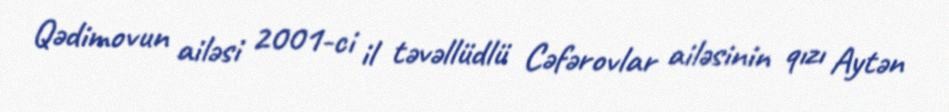
Qədimovun ailəsi 2001-ci il təvəllüdlü Cəfərovlar ailəsinin qızı Aytən